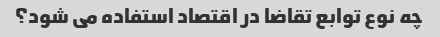
چه نوع توابع تقاضا در اقتصاد استفاده می شود؟